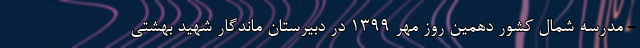
- مدرسه شمال کشور دهمین روز مهر ۱۳۹۹ در دبیرستان ماندگار شهید بهشتی